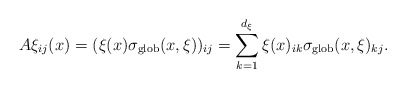
\begin{align*} A\xi_{ij}(x)=(\xi(x)\sigma_{\textnormal{glob}}(x,\xi))_{ij}=\sum_{k=1}^{d_\xi}\xi(x)_{ik}\sigma_{\textnormal{glob}}(x,\xi)_{kj}.\end{align*}